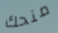
منحك